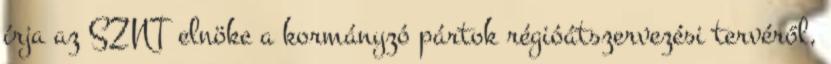
írja az SZNT elnöke a kormányzó pártok régióátszervezési tervéről,